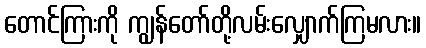
တောင်ကြားကို ကျွန်တော်တို့လမ်းလျှောက်ကြမလား။